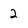
Character: 2